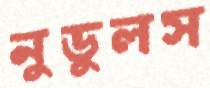
নুডুলস